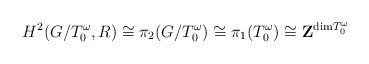
LaTeX: \begin{align*}H^2( G/T^\omega_0,R ) \cong \pi_2(G/T^\omega_0)\cong \pi_1(T^\omega_0) \cong {\bf Z}^{{\rm dim} T^\omega_0}\end{align*}